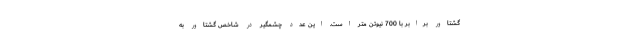
گشتاور برابر با 700 نیوتن متر است. این عدد چشمگیر در شاخص گشتاور به